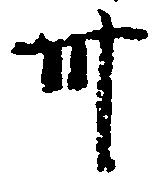
卅